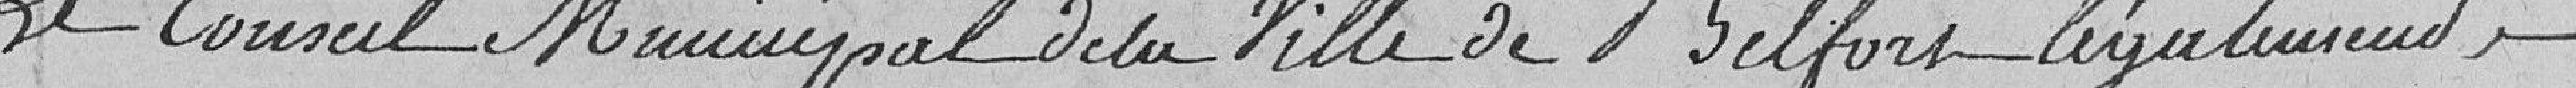
Le Conseil Municipal de la Ville de Belfort, légalement